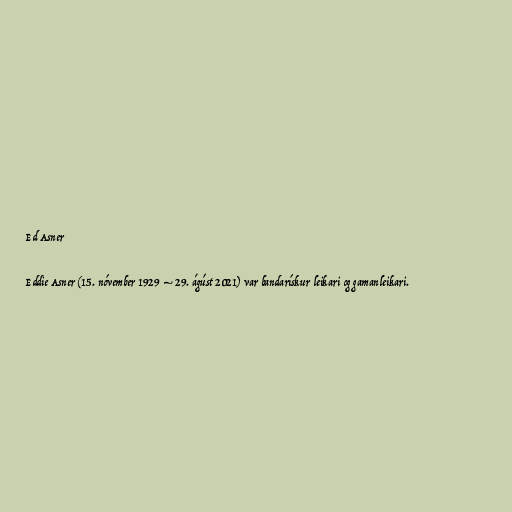
Ed Asner

Eddie Asner (15. nóvember 1929 – 29. ágúst 2021) var bandarískur leikari og gamanleikari.